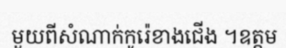
មួយពីសំណាក់កូរ៉េខាងជើង ។ឧត្តម